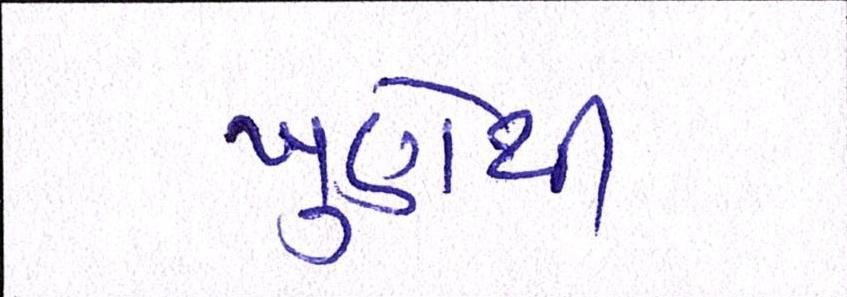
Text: ખુણેથી